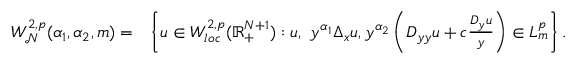
\begin{array} { r l } { W _ { \mathcal N } ^ { 2 , p } ( \alpha _ { 1 } , \alpha _ { 2 } , m ) = } & { \left\{ u \in W _ { l o c } ^ { 2 , p } ( \mathbb { R } _ { + } ^ { N + 1 } ) : u , \ y ^ { \alpha _ { 1 } } \Delta _ { x } u , y ^ { \alpha _ { 2 } } \left( D _ { y y } u + c \frac { D _ { y } u } y \right) \in L _ { m } ^ { p } \right\} . } \end{array}